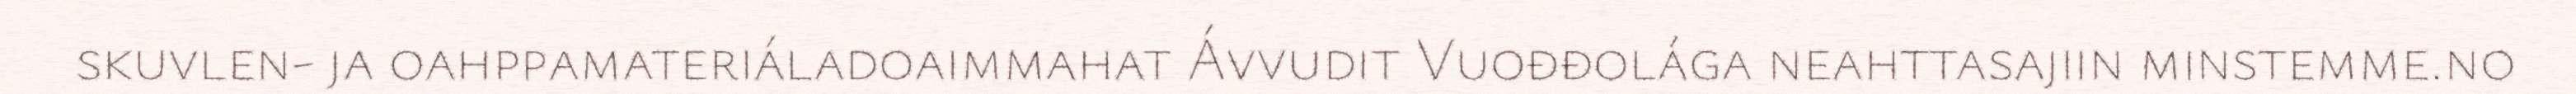
skuvlen- ja oahppamateriáladoaimmahat Ávvudit Vuođđolága neahttasajiin minstemme.no